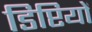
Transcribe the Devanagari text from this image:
डिप्टियों